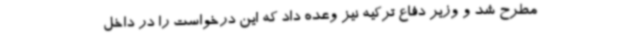
مطرح شد و وزیر دفاع ترکیه نیز وعده داد که این درخواست را در داخل